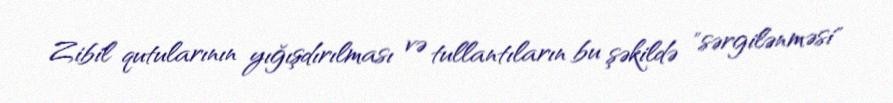
Zibil qutularının yığışdırılması və tullantıların bu şəkildə "sərgilənməsi"